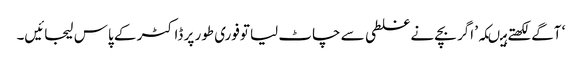
‘ آگے لکھتے ہیںکہ’ اگر بچے نے غلطی سے چاٹ لیا توفوری طور پر ڈاکٹر کے پاس لیجائیں۔